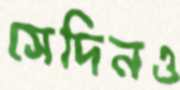
সেদিনও